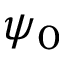
\psi _ { 0 }